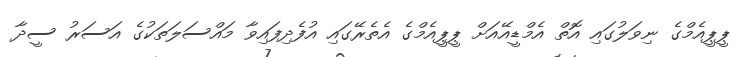
ޕީޕީއެމްގެ ނިވަލުގައި އޮތް އެމްޑީއޭއަށް ޕީޕީއެމްގެ އެތެރޭގައި އުފެދިފައިވާ މައްސަލަތަކުގެ އަސަރު ސީދާ